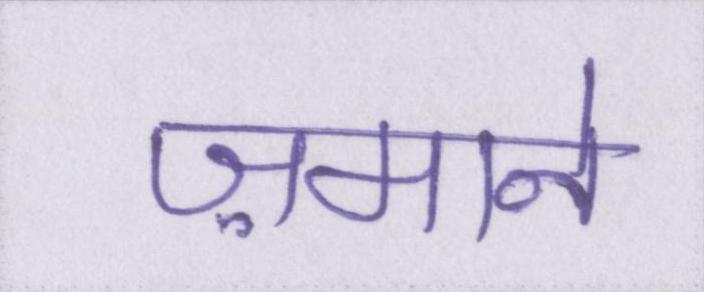
ज़माने